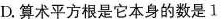
D.算术平方根是它本身的数是1